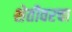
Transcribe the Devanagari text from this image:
शेतीवरचा